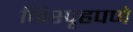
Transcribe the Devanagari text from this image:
निस्पृहपणे